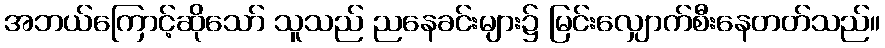
အဘယ်ကြောင့်ဆိုသော် သူသည် ညနေခင်းများ၌ မြင်းလျှောက်စီးနေတတ်သည်။